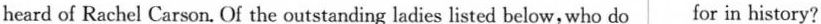
heard of Rachel Carson. Of the outstanding ladies listed below,who do for in history?